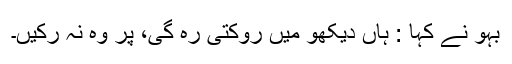
بہو نے کہا : ہاں دیکھو میں روکتی رہ گی، پر وہ نہ رکیں۔